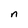
Character: n